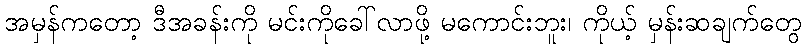
အမှန်ကတော့ ဒီအခန်းကို မင်းကိုခေါ်လာဖို့ မကောင်းဘူး၊ ကိုယ့် မှန်းဆချက်တွေ